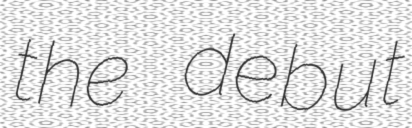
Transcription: the debut